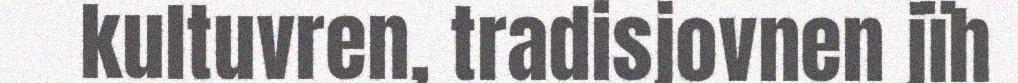
kultuvren, tradisjovnen jïh